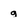
Character: g